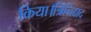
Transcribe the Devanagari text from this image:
किया।त्रिनिदाद